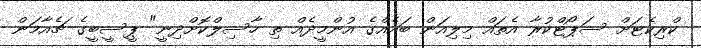
ކްރިކެޓަށް ސަޕޯޓްކުރާ އެތައް މިލިއަން ބައެއްގެ އުންމީދެއް ތި ހާސިލްކޮށްދިނީ" ޕީސީބީގެ ޗެއާމަން